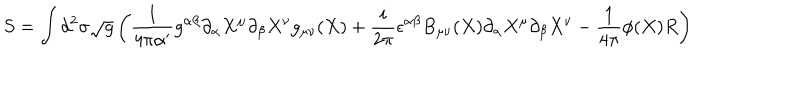
LaTeX: S = \int d ^ { 2 } \sigma \sqrt { g } \left( \frac { 1 } { 4 \pi \alpha ^ { \prime } } g ^ { \alpha \beta } \partial _ { \alpha } X ^ { \mu } \partial _ { \beta } X ^ { \nu } g _ { \mu \nu } ( X ) + \frac { i } { 2 \pi } \epsilon ^ { \alpha \beta } B _ { \mu \nu } ( X ) \partial _ { \alpha } X ^ { \mu } \partial _ { \beta } X ^ { \nu } - \frac { 1 } { 4 \pi } \phi ( X ) R \right)